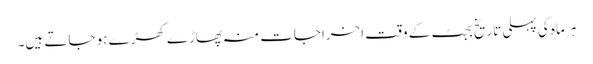
ہر ماہ کی پہلی تاریخ بجٹ کے وقت اخراجات منہ پھاڑے کھڑے ہو جاتے ہیں۔